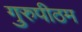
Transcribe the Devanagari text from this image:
गुरुपीठम